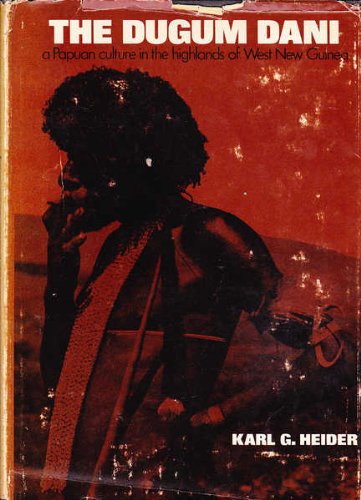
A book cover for The Dugum Dani: A Papuan Culture in the Highlands of West New Guinea; Karl G. Heider; History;